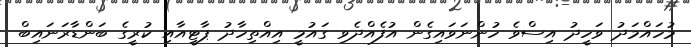
މުހައްމަދު ވަހީދު އިސްވެ ހުންނަވައިގެން އުފެއްދެވި ގައުމީ އިއްތިހާދު ޕާޓީއާއި ކުރީގެ ބަންޑާރަނައިބް